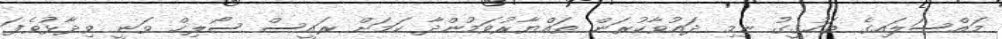
މައްސަލައިގެ ތަހުގީގު ނިމި ދައުވާކުރަން ތައްޔާރުވަމުންދާ ކަމަަށް ރައީސް ސޯލިހް ވަނީ ވިދާޅުވެފަ